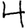
Digit: 4